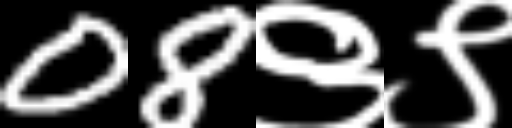
Text: 08९९